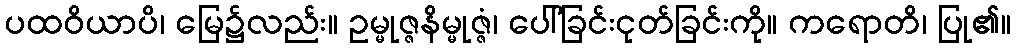
ပထဝိယာပိ၊ မြေ၌လည်း။ ဥမ္မုဇ္ဇနိမ္မုဇ္ဇံ၊ ပေါ်ခြင်းငုတ်ခြင်းကို။ ကရောတိ၊ ပြု၏။